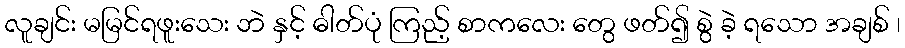
လူချင်း မမြင်ရဖူးသေး ဘဲ နှင့် ဓါတ်ပုံ ကြည့် စာကလေး တွေ ဖတ်၍ စွဲ ခဲ့ ရသော အချစ် ၊